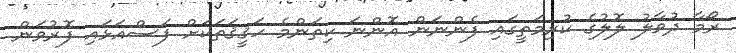
ރޯމާ ދުވާލު ލޮލުގެ ކުރިމަތީގައި ފެންނަން އޮންނަ ކިތަންމެ ހަޤީޤަތަކަށް ފަސްއަޅައި ފޮރުވަން